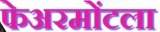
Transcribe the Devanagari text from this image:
फेअरमोंटला